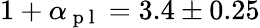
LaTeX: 1+\alpha_{\mathrm{~p~l~}}=3.4\pm 0.25